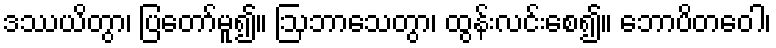
ဒဿယိတွာ၊ ပြတော်မူ၍။ ဩဘာသေတွာ၊ ထွန်းလင်းစေ၍။ ဘောပိတဝေါ၊